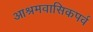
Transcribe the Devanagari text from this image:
आश्रमवासिकपर्व